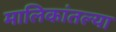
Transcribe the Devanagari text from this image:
मालिकांतल्या